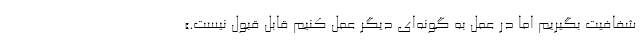
شفافیت بگیریم اما در عمل به گونه‌ای دیگر عمل کنیم قابل قبول نیست.»